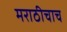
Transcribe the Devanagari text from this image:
मराठीचाच